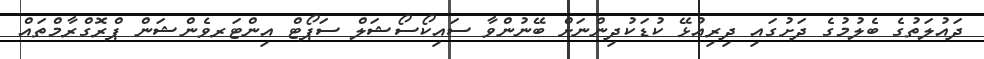
ދައުލަތުގެ ބެލުމުގެ ދަށުގައި ދިރިއުޅޭ ކުޑަކުދިންނަށް ބޭނުންވާ ސައިކޯސޯޝަލް ސަޕޯޓް އިންޓަރވެންޝަން ޕްރޮގްރާމްތައް